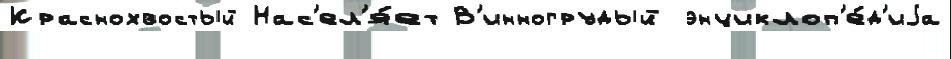
Краснохвостый Нас'ел'я́ет В'инногрудый энциклоп'е́д'иjа